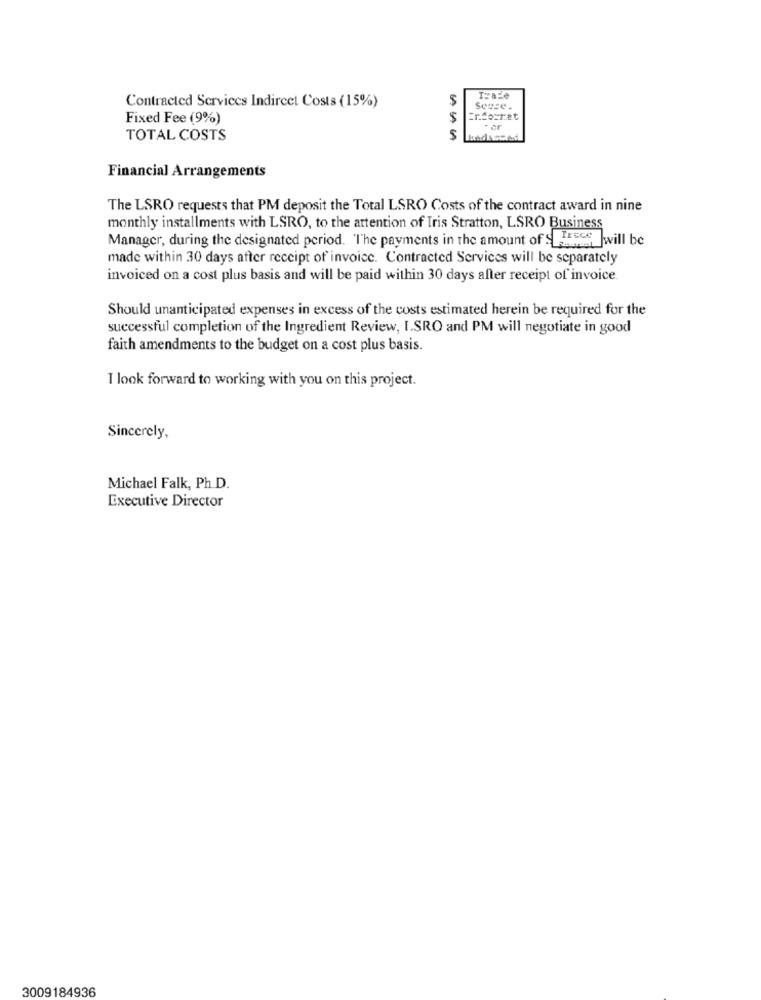
5
Contracted Services Indirect Costs (15%)
Setze .
Fixed Fee (9%)
Enfotrat
- ar
TOTAL COSTS
5
Financial Arrangements
The LSRO requests that PM deposit the Total LSRO Costs of the contract award in nine
monthly installments with LSRO, to the attention of Iris Stratton, LSRO Business
Manager, during the designated period. "The payments in the amount of S Trece
made within 30 days after receipt of invoice. Contracted Services will be separately
invoiced on a cost plus basis and will be paid within 30 days after receipt of invoice.
Should unanticipated expenses in excess of the costs estimated herein be required for the
successful completion of the Ingredient Review, I.SRO and PM will negotiate in good
faith amendments to the budget on a cost plus basis.
I look forward to working with you on this project.
Sincerely,
Michael Falk, Ph.D.
Executive Director
3009184936